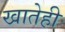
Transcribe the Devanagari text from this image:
खातेही